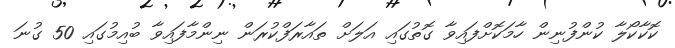
ކޮކާކޯލާ ކުންފުނިން ހާމަކޮށްފައިވާ ގޮތުގައި އަލަށް ތައާރަފްކުރަން ނިންމާފައިވާ ބުއިމުގައި 50 ގުނަ